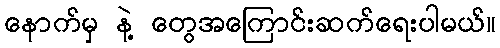
နောက်မှ နဲ့ တွေအကြောင်းဆက်ရေးပါမယ်။